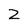
Character: 2